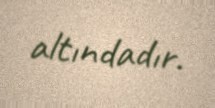
altındadır.